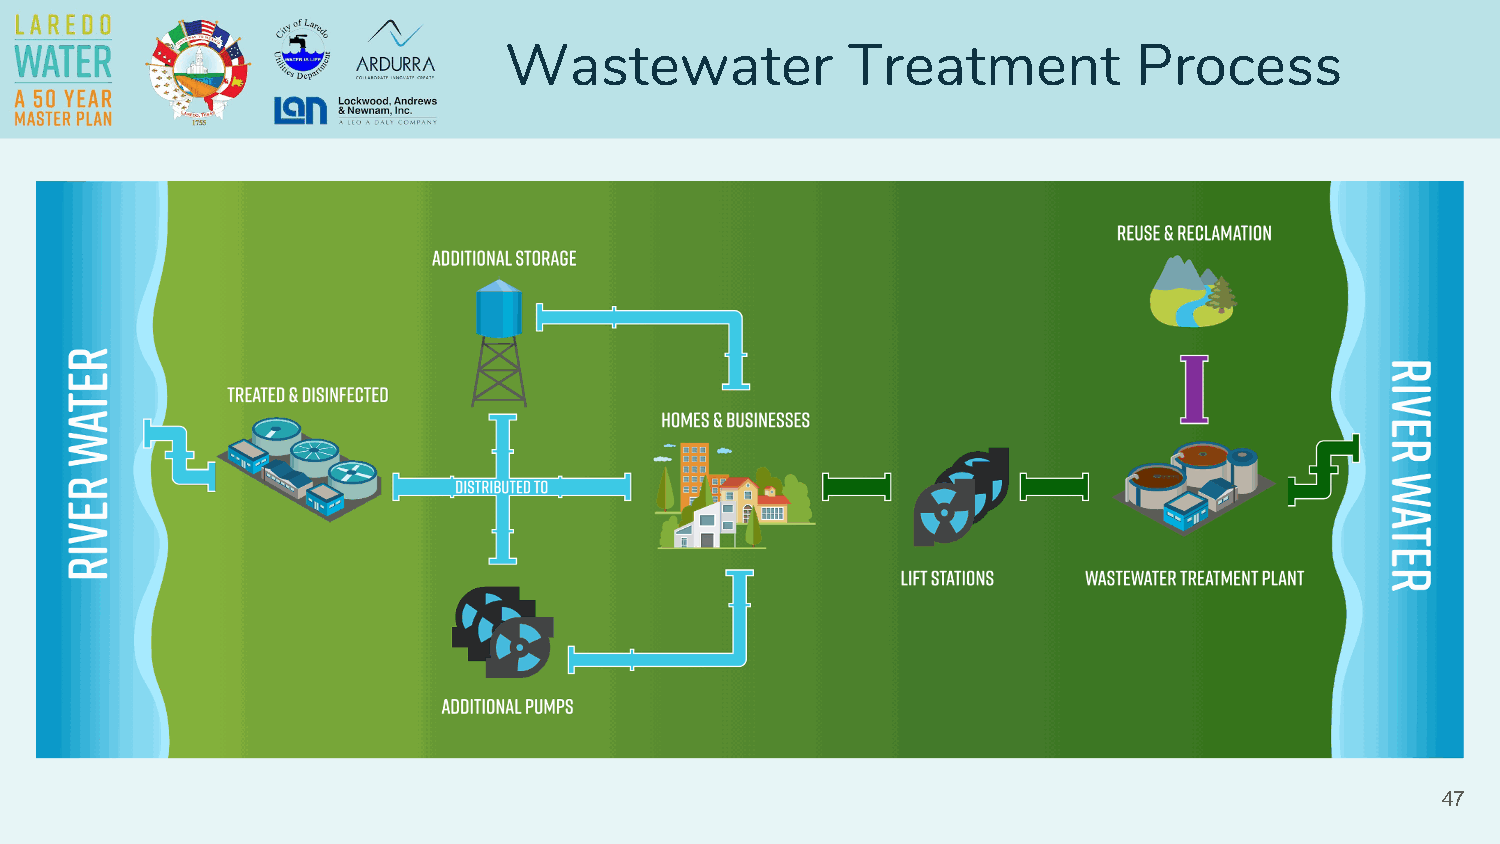
Wastewater             Treatment          Process
 47